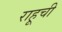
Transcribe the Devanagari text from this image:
राहूची